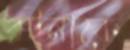
রটনাকে